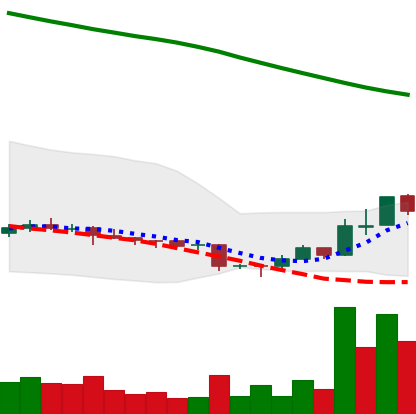
Ticker: ADA-USD
Chart end date: 2018-11-07
Forward return: -3.238%
Label: down_3_5